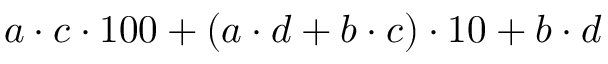
a \cdot c \cdot 1 0 0 + ( a \cdot d + b \cdot c ) \cdot 1 0 + b \cdot d